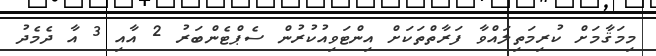
މިމަޤާމަށް ކުރިމަތިލައްވާ ފަރާތްތަކަށް އިންޓަވިއުކުރުން ސެޕްޓެންބަރު 2 އާއި 3 އާ ދެމެދު